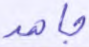
جاهد